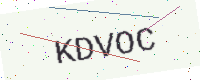
Text: KDVOC